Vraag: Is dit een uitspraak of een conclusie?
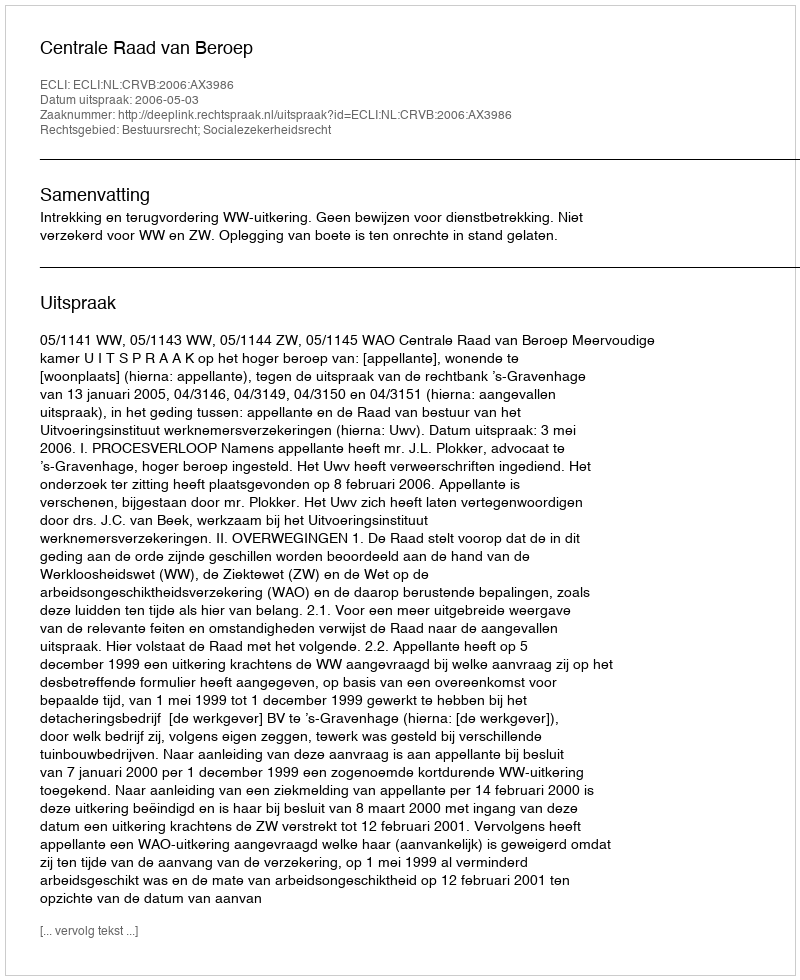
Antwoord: Uitspraak